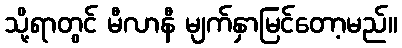
သို့ရာတွင် မီလာနီ မျက်နှာမြင်တော့မည်။